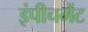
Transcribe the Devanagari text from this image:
इंपीचमेंट